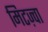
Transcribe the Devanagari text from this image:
मिटज़्वा